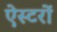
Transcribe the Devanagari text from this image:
ऐस्टरों